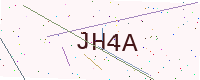
Text: JH4A